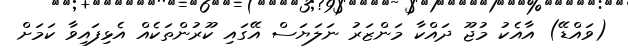
(ވައްޑޭ) އާއެކު މުޖޫ ދައްކާ މަންޒަރު ނަލަޔަސް އޭގައި ކޫރުންތަކެއް އެޅިފައިވާ ކަމަށް